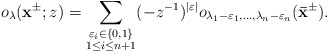
\begin{align*}o_\lambda(\mathbf{x}^{\pm};z)=\sum_{\substack{\varepsilon_i\in\{0,1\}\\1\leq i\leq n+1}}(-z^{-1})^{|\varepsilon|}o_{\lambda_1-\varepsilon_1,\dots,\lambda_{n}-\varepsilon_{n}}(\mathbf{\bar{x}}^{\pm}).\end{align*}